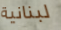
لبنانية